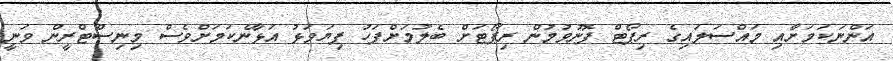
އަންނަކަމަށާއި މައްސަލައިގެ ރިޕޯޓް ފޮނުވުމުން ރިޕޯޓަށް ބެލުމަށްފަހު ފިޔަވަޅު އަޅާނެކަމަށްވެސް މިނިސްޓްރީން ވަނީ